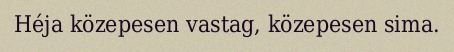
Héja közepesen vastag, közepesen sima.